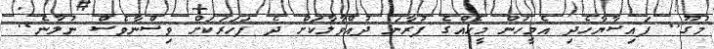
މުގޫ.. ފައިސާޔާހެދި އެމީހުން މީހެއްގެ ފުރާނަ ދުއްވާލާކަށް ދެ ފަހަރަކަށް ވިސްނާވެސް ނުލާނެ..